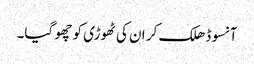
آنسو ڈھلک کر ان کی ٹھوڑی کو چھو گیا۔